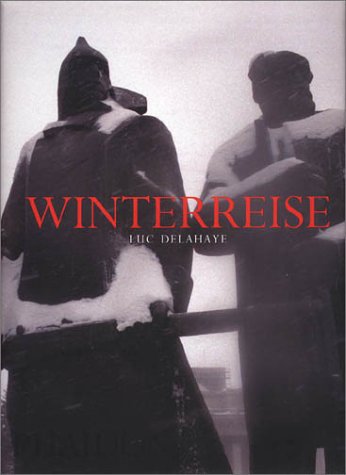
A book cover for Winterreise; Luc Delahaye; Travel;